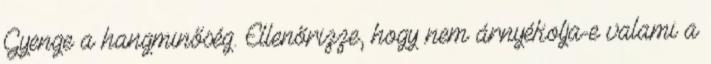
Gyenge a hangminőség. Ellenőrizze, hogy nem árnyékolja-e valami a